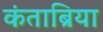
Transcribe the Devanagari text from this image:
कंताब्रिया